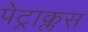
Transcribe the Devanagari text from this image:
पेट्राक्लस